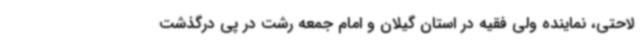
لاحتی، نماینده ولی فقیه در استان گیلان و امام جمعه رشت در پی درگذشت